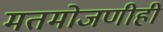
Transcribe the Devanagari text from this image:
मतमोजणीही